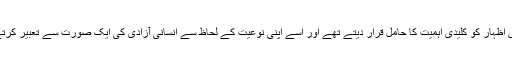
وہ آزادیِ اظہار کو کلیدی اہمیت کا حامل قرار دیتے تھے اور اسے اپنی نوعیت کے لحاظ سے انسانی آزادی کی ایک صورت سے تعبیر کرتے تھے۔